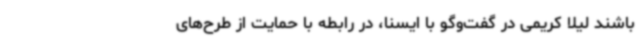
باشند لیلا کریمی در گفت‌وگو با ایسنا، در رابطه با حمایت از طرح‌های